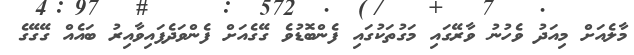
މާލެއަށް މިއަދު ވެހުނު ވާރޭގައި މަގުތަކުގައި ފެންބޮޑުވެ ގޭގެއަށް ފެންވަދެފައިވާއިރު ބައެއް ގޭގޭގެ